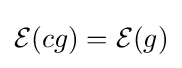
{\mathcal {E}}(cg)={\mathcal {E}}(g)